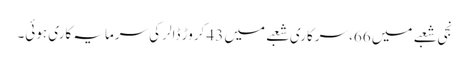
نجی شعبے میں 66، سرکاری شعبے میں 43 کروڑ ڈالر کی سرمایہ کاری ہوئی۔